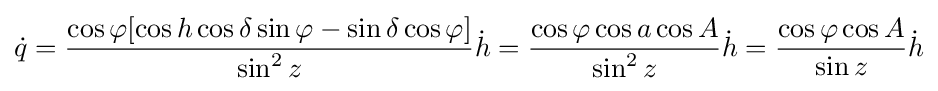
{\dot {q}}={\frac {\cos \varphi [\cos h\cos \delta \sin \varphi -\sin \delta \cos \varphi ]}{\sin ^{2}z}}{\dot {h}}={\frac {\cos \varphi \cos a\cos A}{\sin ^{2}z}}{\dot {h}}={\frac {\cos \varphi \cos A}{\sin z}}{\dot {h}}